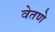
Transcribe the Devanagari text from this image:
वेतणे